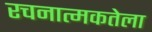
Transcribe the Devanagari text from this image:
रचनात्मकतेला